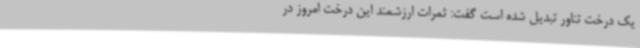
یک درخت تناور تبدیل شده است گفت: ثمرات ارزشمند این درخت امروز در